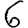
Digit: 6